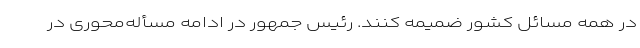
در همه مسائل کشور ضمیمه کنند. رئیس جمهور در ادامه مسأله‌محوری در